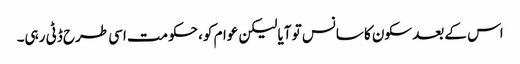
اس کے بعد سکون کا سانس تو آیا لیکن عوام کو، حکومت اسی طرح ڈٹی رہی۔